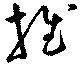
推